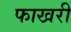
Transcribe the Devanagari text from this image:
फाखरी